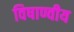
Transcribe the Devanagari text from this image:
विषाण्वीय